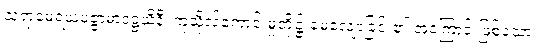
သုရာမေရယမဇ္ဇာမာဒဋ္ဌယိနီ၊ ကုသိုလ်ကောင်းမှုတို့၌ မေ့လျော့ခြင်း၏ အကြောင်းဖြစ်သော